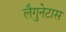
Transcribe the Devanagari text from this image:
लैगुनेटास